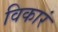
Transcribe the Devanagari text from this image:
विकारं